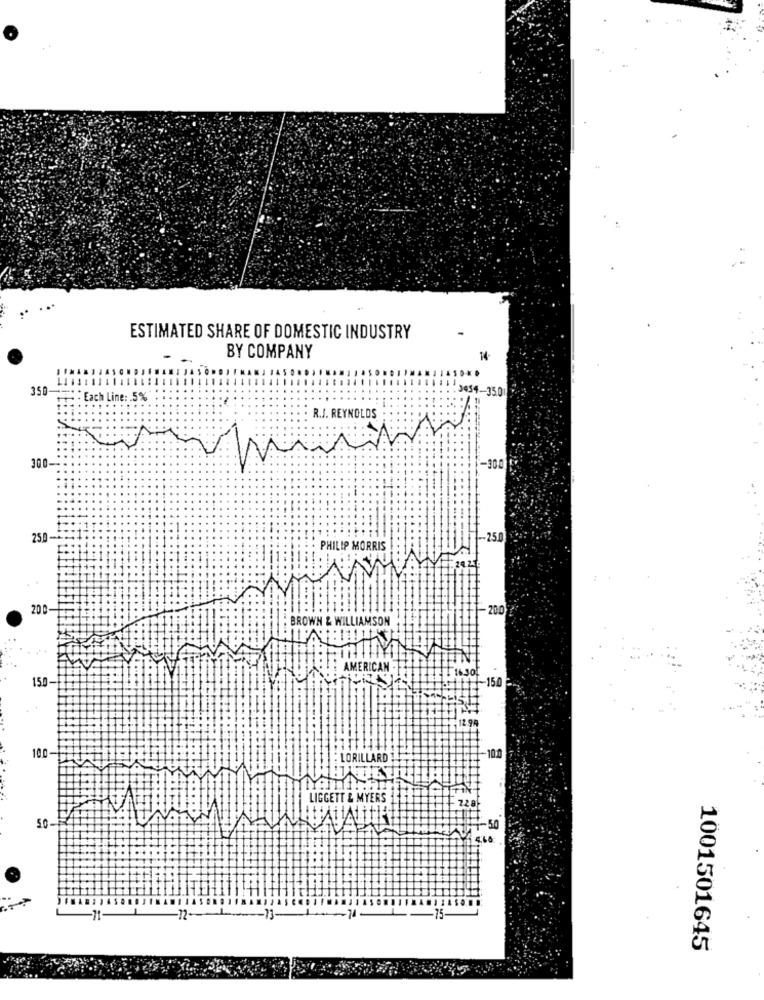
ESTIMATED SHARE OF DOMESTIC INDUSTRY
BY COMPANY
14-
350
3454-35.0
Each Line: . 5%
R.J. REYNOLDS
300
-300
250-
250
PHILIP MORRIS
20.0
: BROWN & WILLIAMSON
AMERICAN
150-
-150
100
LORILLARD
10:0
LIGGETT & MYERS
5.0
-50
-11
-12-
-13-
-75
1001501645